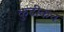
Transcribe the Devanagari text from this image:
कुटीकच